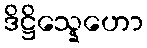
ဒိဋ္ဌိသ္နေဟော